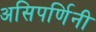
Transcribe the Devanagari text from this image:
असिपर्णिनी